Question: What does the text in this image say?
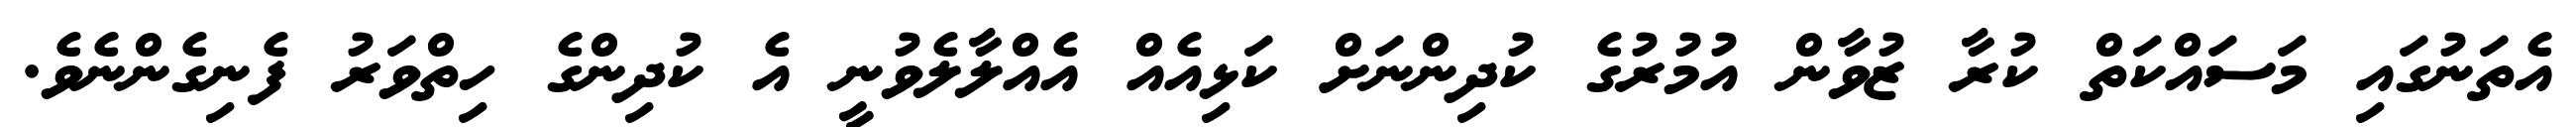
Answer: އެތަނުގައި މަސައްކަތް ކުރާ ޒުވާން އުމުރުގެ ކުދިންނަށް ކަޅިއެއް އެއްލާލެވުނީ އެ ކުދިންގެ ހިތްވަރު ފެނިގެންނެވެ.